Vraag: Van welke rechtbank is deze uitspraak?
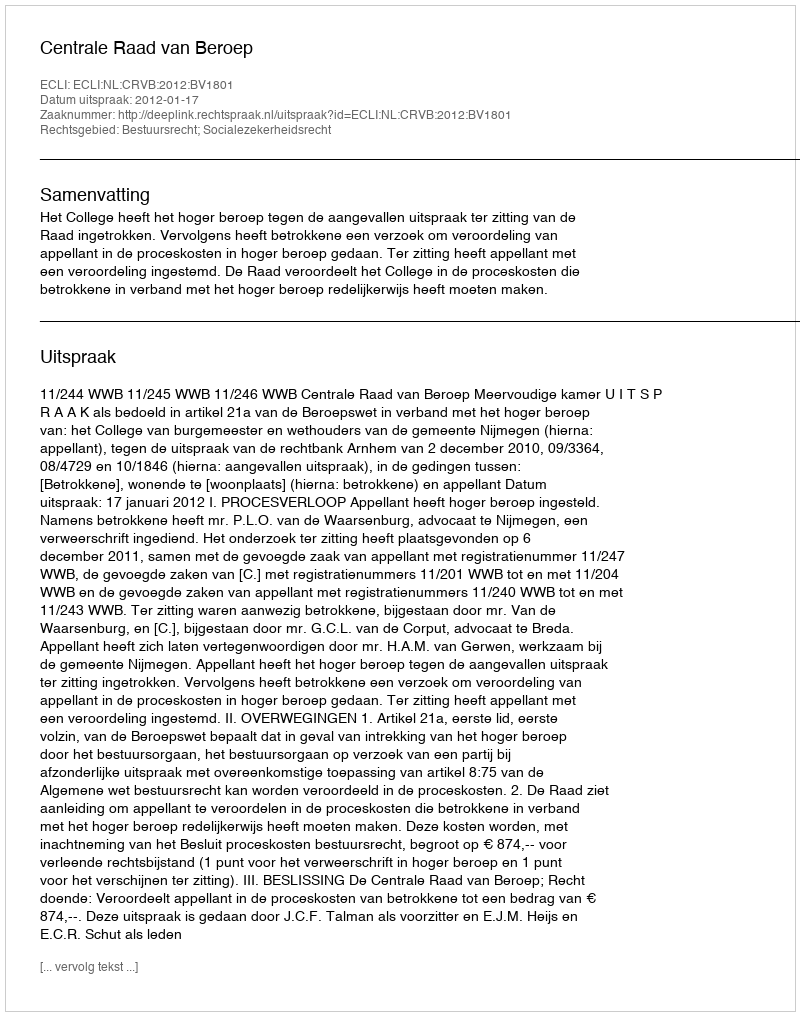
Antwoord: Centrale Raad van Beroep